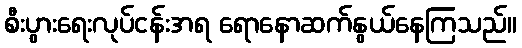
စီးပွားရေးလုပ်ငန်းအရ ရောနောဆက်နွယ်နေကြသည်။